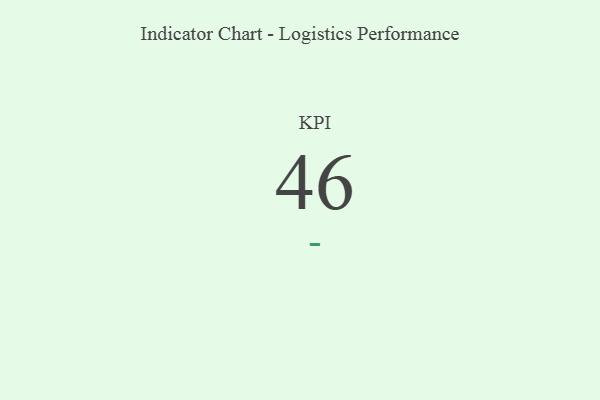
{"axis": {"x": "KPI", "y": "Value"}, "legend": [""], "data": [{"x": "KPI", "y": 46, "type": ""}]}